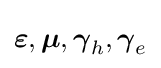
{\boldsymbol {\varepsilon }},{\boldsymbol {\mu }},{\boldsymbol {\gamma }}_{h},{\boldsymbol {\gamma }}_{e}